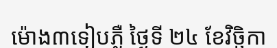
ម៉ោង៣ទៀបភ្លឺ ថ្ងៃទី ២៤ ខែវិច្ឆិកា